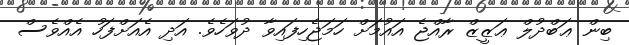
ބިން ޢަބްދުލް ޢަޒީޒް ރާއްޖެ އައުމަށް ހަމަޖެހިފައިވާ ދުވަހެވެ. އަދި އެއަށްފަހު އެއްވެސް